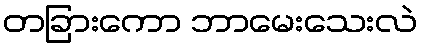
တခြားကော ဘာမေးသေးလဲ